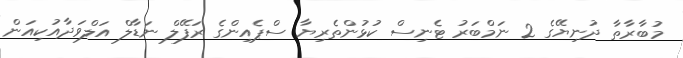
މުބާރާތާ ދުނިޔޭގެ 2 ނަމްބަރު ޓެނިސް ކުޅުންތެރިޔާ ސްޕެއިންގެ ރަފޭލް ނަޑާލް އަލްވަދާއުކިއަން